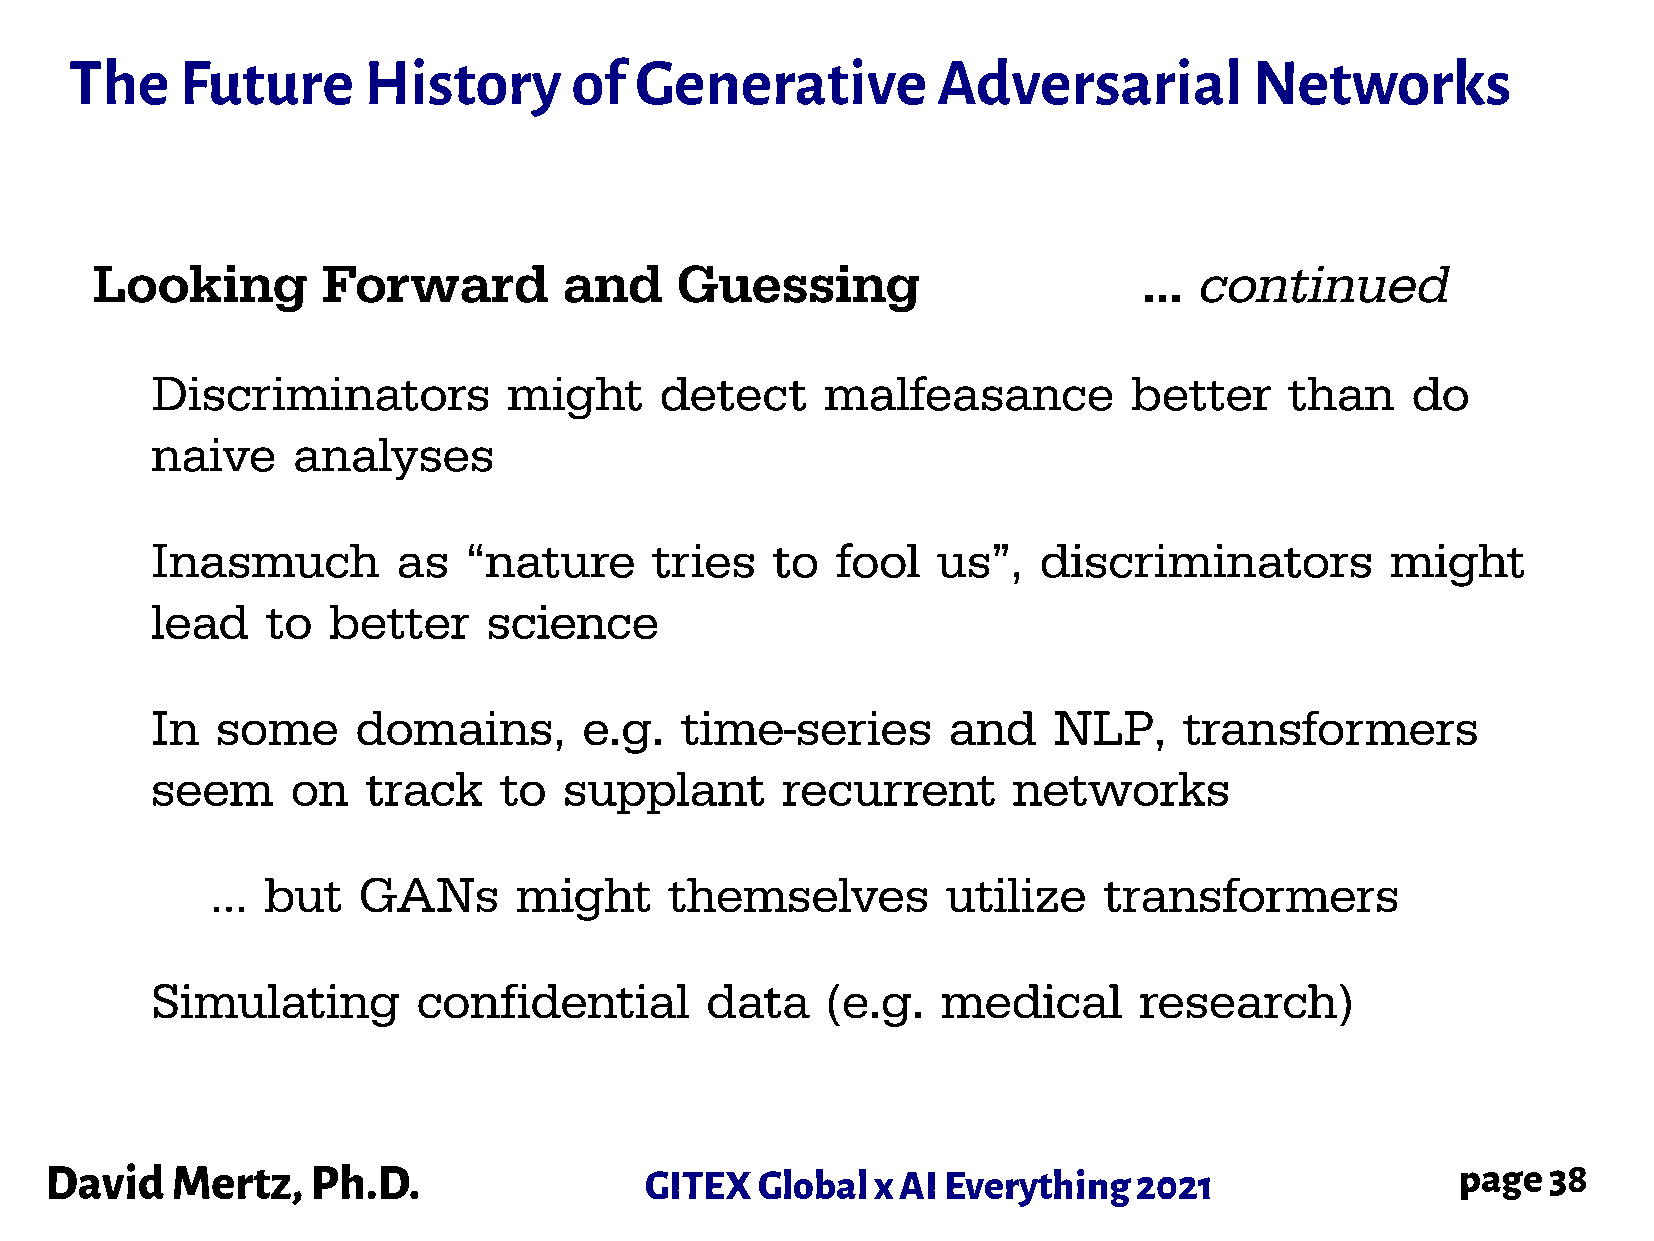
The    Future      History       of  Generative          Adversarial          Networks
 Looking        Forward         and     Guessing                       …  continued
 Discriminators          might     detect     malfeasance         better    than    do
 naive    analyses
 Inasmuch        as   “nature     tries   to  fool   us”,   discriminators         might
 lead    to  better    science
 In  some      domains,       e.g.  time-series       and    NLP,    transformers
 seem     on   track    to  supplant       recurrent      networks
 …   but   GANs      might     themselves         utilize   transformers
 Simulating        confidential       data    (e.g.  medical      research)
 David   Mertz,    Ph.D.                 GITEX  Global  x AI Everything  2021                  page 38